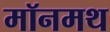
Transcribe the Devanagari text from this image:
मॉनमथ